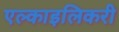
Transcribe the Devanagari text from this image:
एल्काइलिकरी